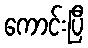
ကောင်းပြီ